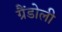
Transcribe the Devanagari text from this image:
ग्रैंडोली